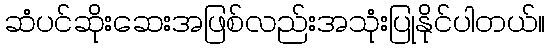
ဆံပင်ဆိုးဆေးအဖြစ်လည်းအသုံးပြုနိုင်ပါတယ်။